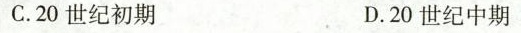
C.20世纪初期 D.20世纪中期